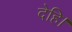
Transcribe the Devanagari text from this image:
देहि।